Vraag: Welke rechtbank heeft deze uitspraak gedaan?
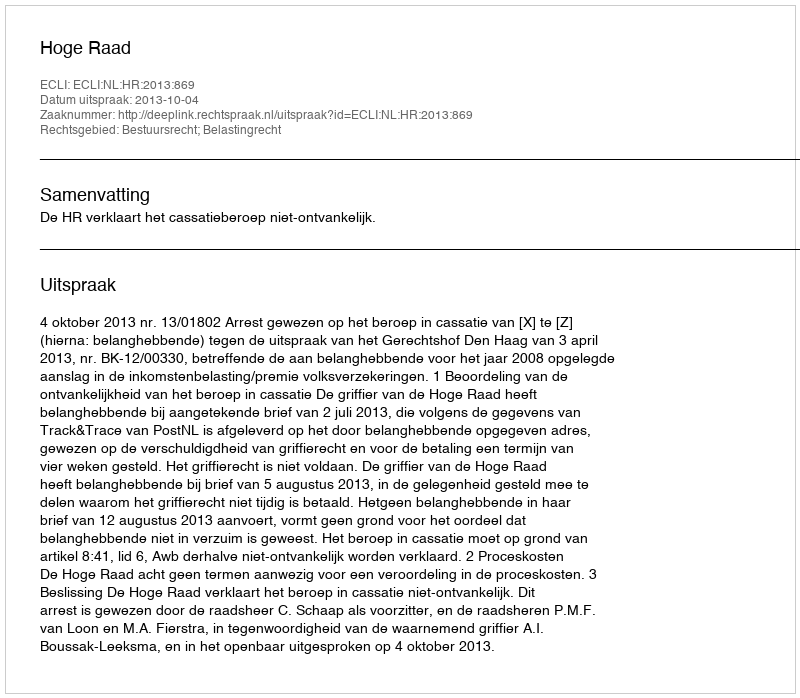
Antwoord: Hoge Raad